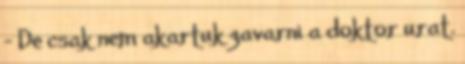
- De csak nem akartuk zavarni a doktor urat.